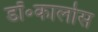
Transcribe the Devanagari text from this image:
डॉ॰कार्लोस